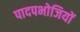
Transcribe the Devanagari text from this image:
पादपभोजियों